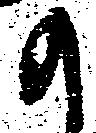
か